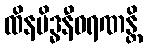
ထိနမိဒ္ဓနီဝရဏန္တိ